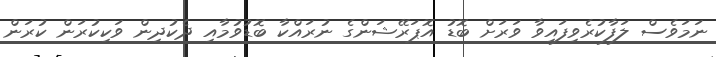
ނަމަވެސް ލަފާކުރެވިފައިވާ ވަރަށް ބޮޑު އޮޕަރޭޝަންގެ ނުރައްކާ ބޮޑުވުމާއި ދެކުދިން ވަކިކުރަން ކުރަން